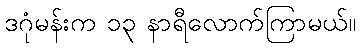
ဒဂုံမန်းက ၁၃ နာရီလောက်ကြာမယ်။